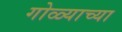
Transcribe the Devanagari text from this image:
गोळ्याच्या